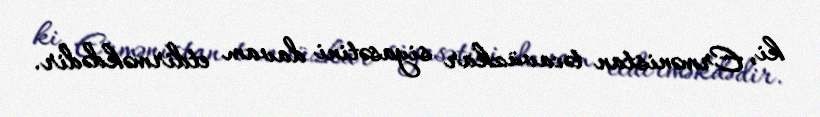
ki, Ermənistan təcavüzkar siyasətini davam etdirməkdədir.